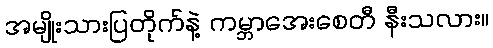
အမျိုးသားပြတိုက်နဲ့ ကမ္ဘာအေးစေတီ နီးသလား။